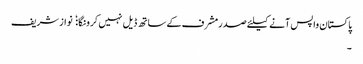
پاکستان واپس آنے کیلئے صدرمشرف کے ساتھ ڈیل نہیں کرونگا:  نواز شریف
۔